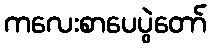
ကလေးစာပေပွဲတော်